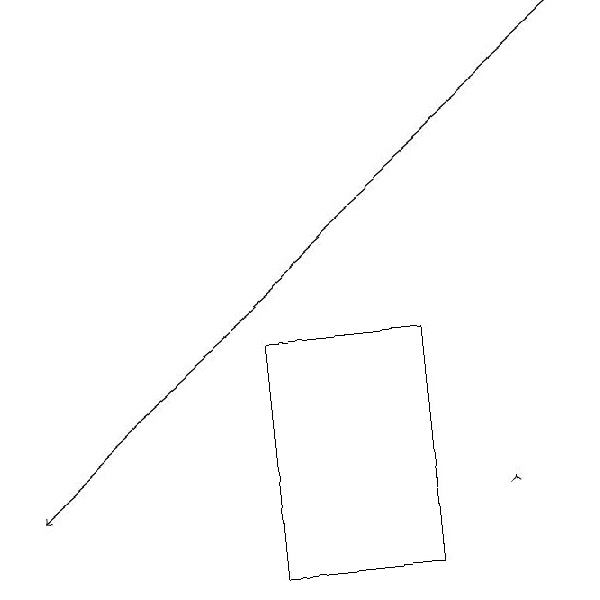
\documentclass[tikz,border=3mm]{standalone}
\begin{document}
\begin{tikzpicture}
\draw (5,12) rectangle (3,15);
\draw[->] (7,19) -- (0,13);
\draw[->] (6,13) -- (6,13);
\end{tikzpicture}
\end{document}